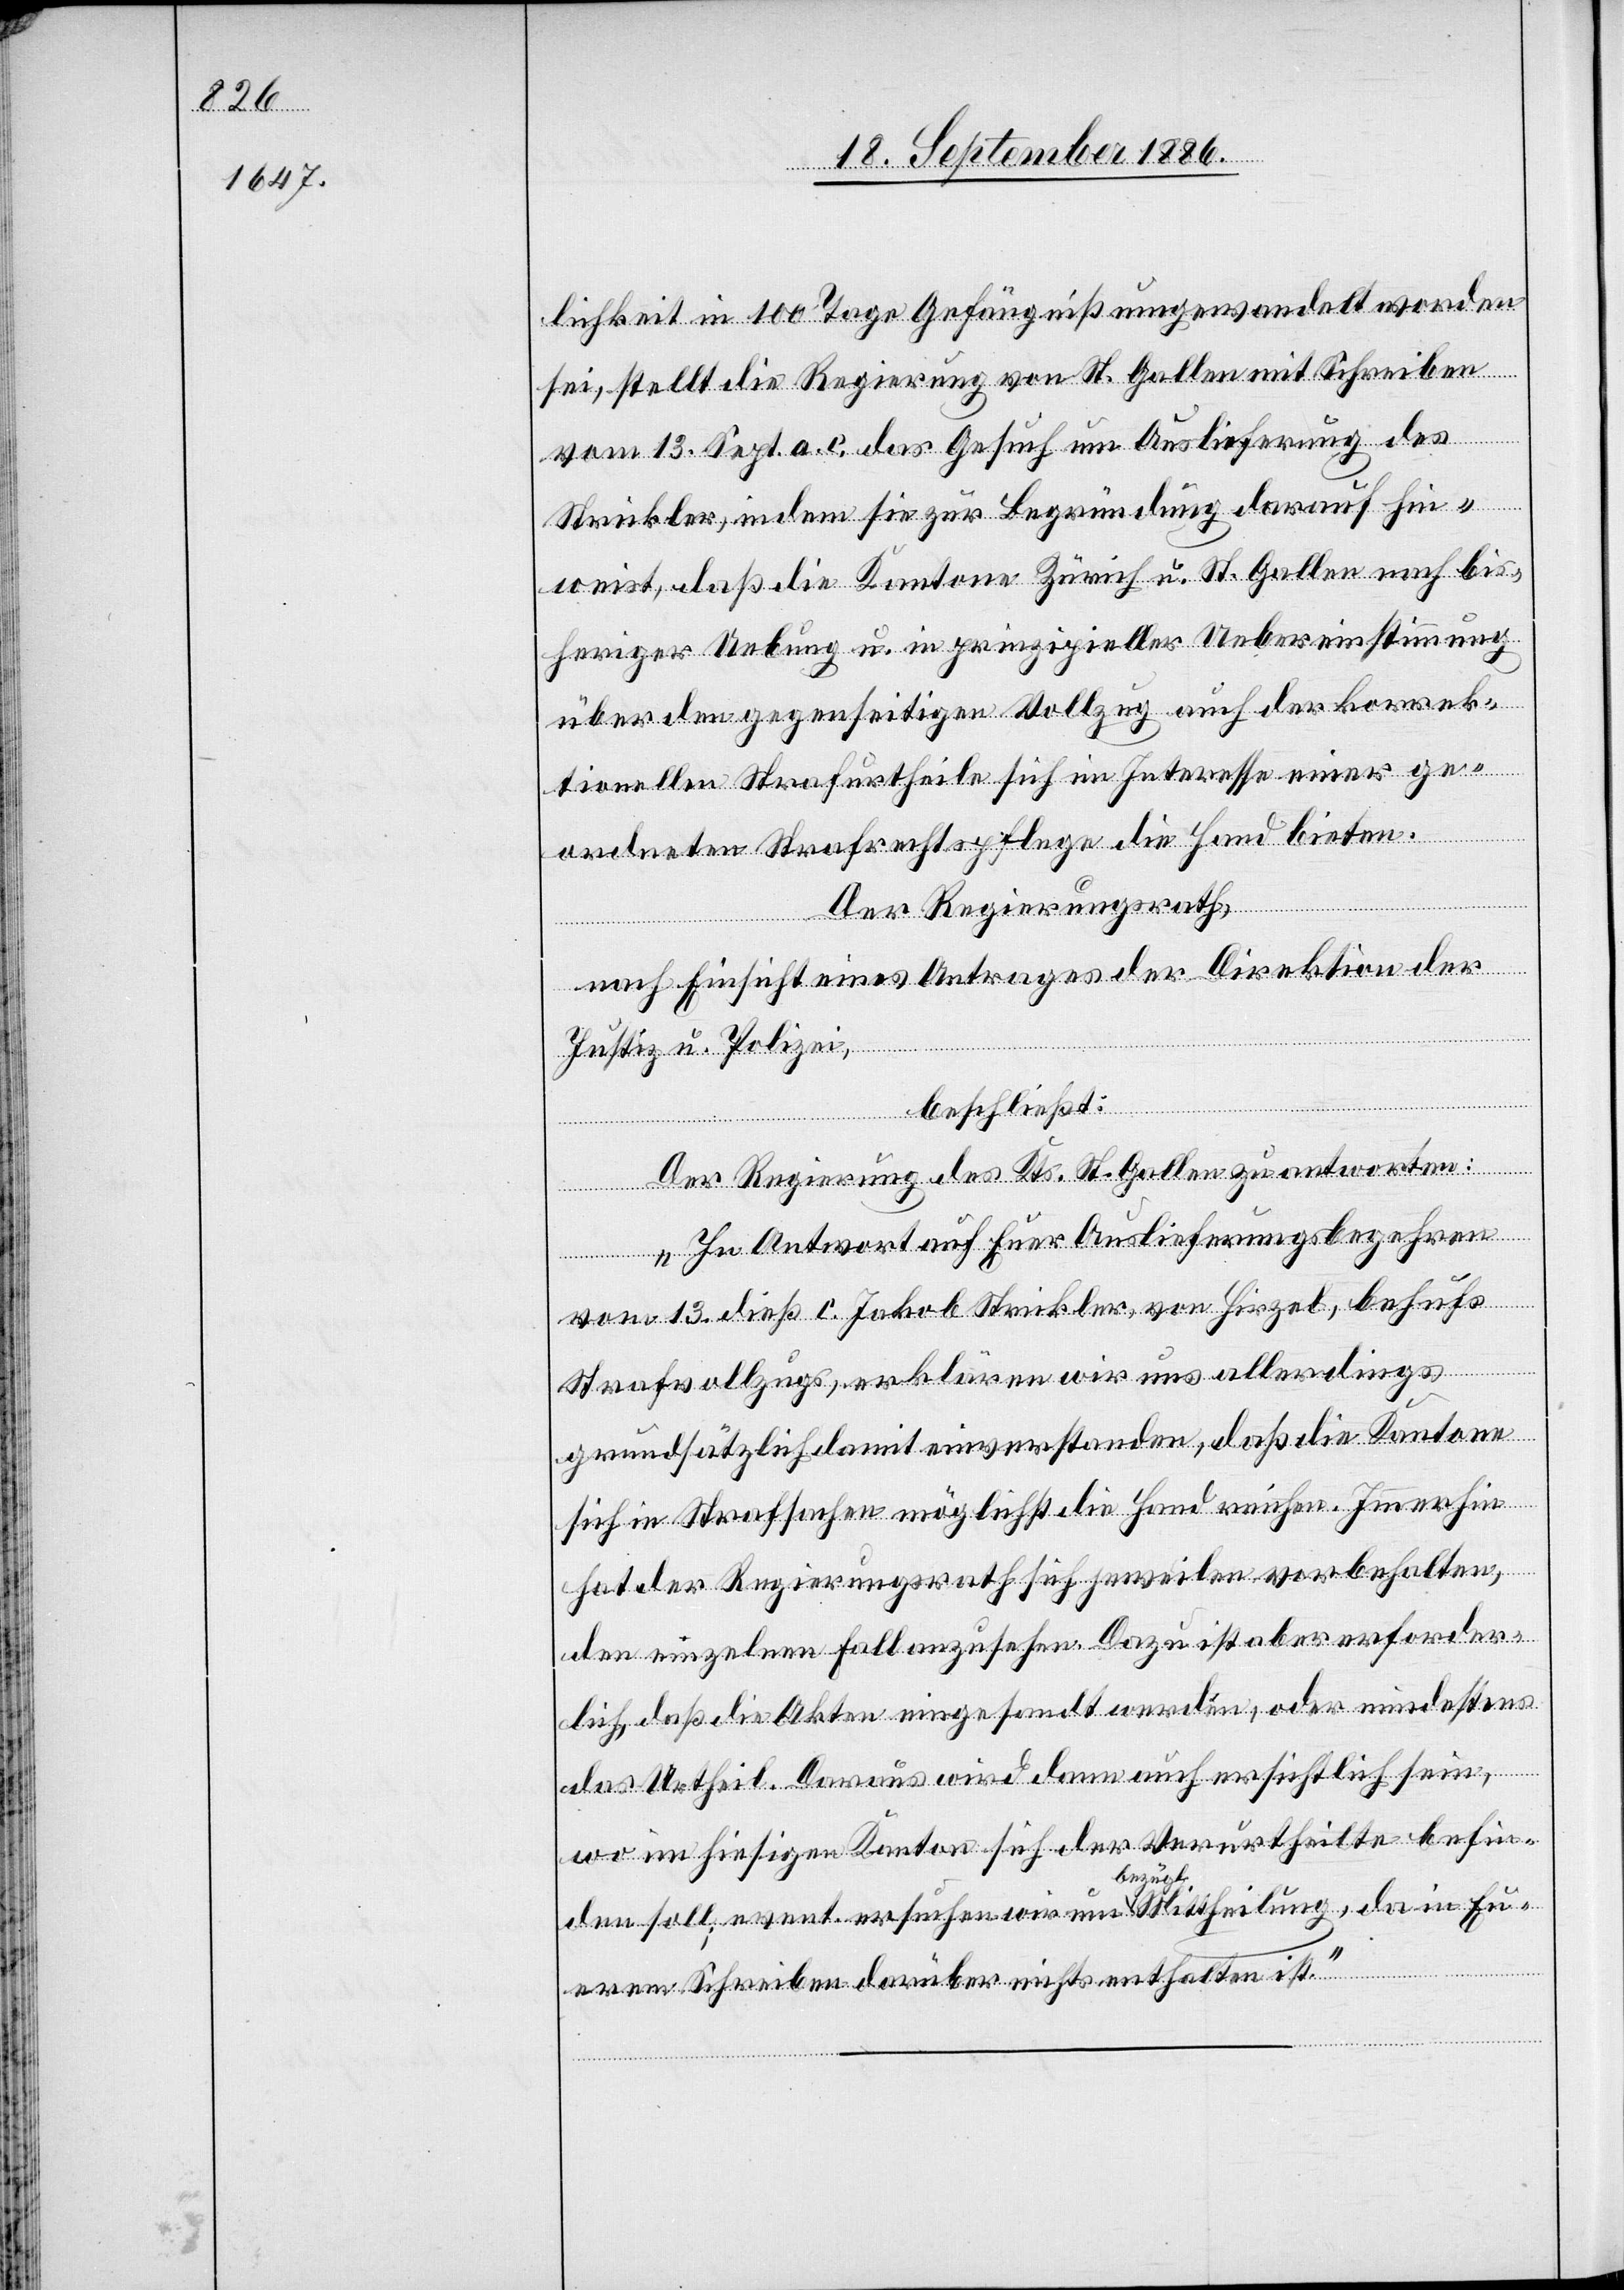
lichkeit in 100 Tage Gefängniß umgewandelt worden
sei, stellt die Regierung von St. Gallen mit Schreiben
vom 13. Sept. a. c. das Gesuch um Auslieferung des
Strickler, indem sie zur Begründung darauf hin¬
weist, daß die Kantone Zürich u. St. Gallen nach bis¬
heriger Uebung u. in prinzipieller Uebereinstimmung
über den gegenseitigen Vollzug auch der korrek¬
tionellen Strafurtheile sich im Interesse einer ge¬
ordneten Strafrechtspflege die Hand bieten.
Der Regierungsrath,
nach Einsicht eines Antrages der Direktion der
Justiz u. Polizei,
beschließt:
Der Regierung des Kts. St. Gallen zu antworten:
„In Antwort auf Euer Auslieferungsbegehren
vom 13. dieß c. Jakob Strickler, von Hirzel, behufs
Strafvollzugs, erklären wir uns allerdings
grundsätzlich damit einverstanden, daß die Kantone
sich in Strafklagen möglichst die Hand reichen. Immerhin
hat der Regierungsrath sich jeweilen vorbehalten,
den einzelnen Fall anzusehen. Dazu ist aber erforder¬
lich, daß die Akten eingesandt werden, oder mindestens
das Urtheil. Daraus wird dann auch ersichtlich sein,
wo im hiesigen Kanton sich der Verurtheilte befin¬
den soll; event. ersuchen wir um bezügl. Mittheilung, da in Eu¬
erem Schreiben darüber nichts enthalten ist.“